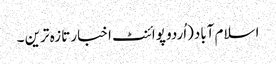
اسلام آباد(اُردو پوائنٹ اخبار تازہ ترین ۔